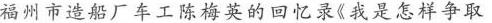
福州市造船厂车工陈梅英的回忆录《我是怎样争取